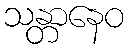
သန္တာနေဝ